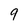
Character: 9